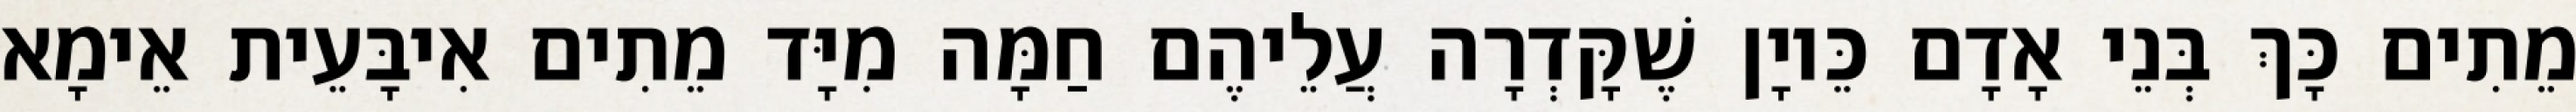
מֵתִים כָּךְ בְּנֵי אָדָם כֵּיוָן שֶׁקָּדְרָה עֲלֵיהֶם חַמָּה מִיָּד מֵתִים אִיבָּעֵית אֵימָא